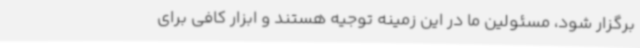
برگزار شود، مسئولین ما در این زمینه توجیه هستند و ابزار کافی برای